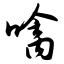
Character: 噙